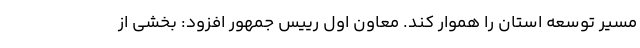
مسیر توسعه استان را هموار کند. معاون اول رییس جمهور افزود: بخشی از